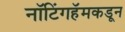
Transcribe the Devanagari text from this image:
नॉटिंगहॅमकडून